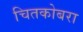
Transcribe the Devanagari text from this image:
चितकोबरा